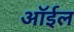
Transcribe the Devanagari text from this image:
ऑर्इल